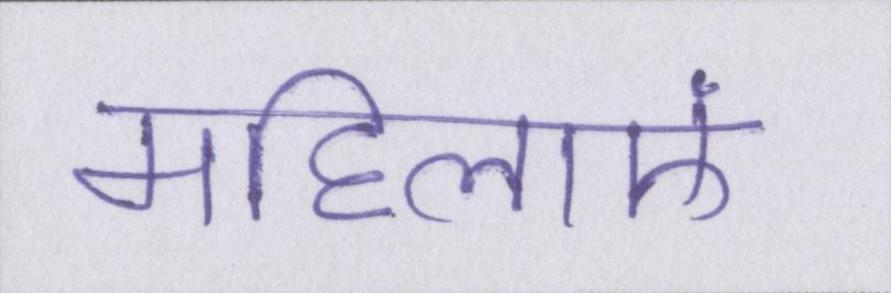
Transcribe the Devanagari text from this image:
महिलाएं